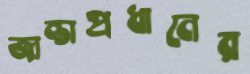
জান্তাপ্রধানের